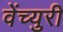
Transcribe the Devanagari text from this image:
वेंच्युरी